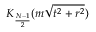
K _ { \frac { N - 1 } { 2 } } ( m \sqrt { t ^ { 2 } + r ^ { 2 } } )